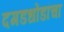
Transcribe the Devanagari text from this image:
दगडधोंडांचा